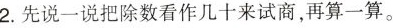
2.先说一说把除数看作几十来试商，再算一算。